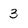
Character: 3